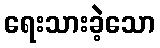
ရေးသားခဲ့သော